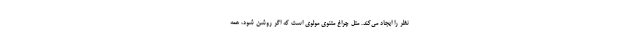
نظر را ایجاد می‌کند. مثل چراغ مثنوی مولوی است که اگر روشن شود، همه